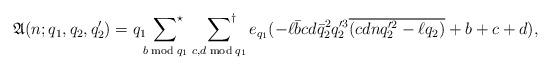
LaTeX: \begin{align*}\mathfrak{A}(n;q_1,q_2,q_2')=q_1\sideset{}{^\star}\sum_{b\bmod{q_1}}\;\sideset{}{^\dagger}\sum_{c,d\bmod{q_1}}e_{q_1}(-\ell \bar{b}cd\bar{q}_2^2q_2'^3\overline{(cdnq_2'^2-\ell q_2)}+b+c+d),\end{align*}